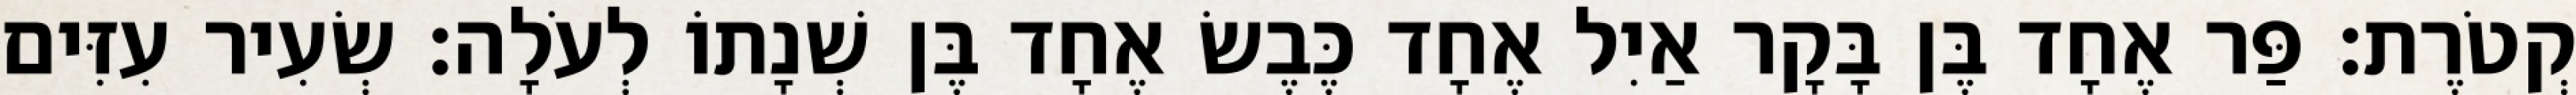
קְטֹרֶת׃ פַּר אֶחָד בֶּן בָּקָר אַיִל אֶחָד כֶּבֶשׂ אֶחָד בֶּן שְׁנָתוֹ לְעֹלָה׃ שְׂעִיר עִזִּים